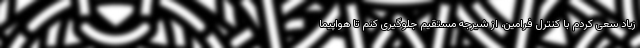
زیاد سعی کردم با کنترل فرامین، از شیرجه مستقیم جلوگیری کنم تا هواپیما